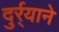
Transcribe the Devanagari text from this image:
दुर्र्याने